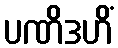
ပဏိဒဟိံ